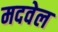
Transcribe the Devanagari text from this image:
मदवेल